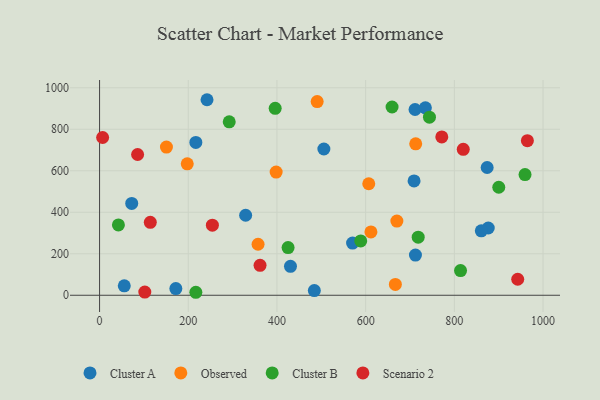
{"axis": {"x": "Engine Size", "y": "Rating"}, "legend": ["Cluster A", "Cluster B", "Observed", "Scenario 2"], "data": [{"x": "55.7", "y": 45.4, "type": "Cluster A"}, {"x": "484.3", "y": 22.6, "type": "Cluster A"}, {"x": "874.0", "y": 615.8, "type": "Cluster A"}, {"x": "876.5", "y": 324.2, "type": "Cluster A"}, {"x": "329.4", "y": 385.6, "type": "Cluster A"}, {"x": "505.8", "y": 704.9, "type": "Cluster A"}, {"x": "711.4", "y": 895.3, "type": "Cluster A"}, {"x": "72.5", "y": 442.7, "type": "Cluster A"}, {"x": "570.5", "y": 251.4, "type": "Cluster A"}, {"x": "217.1", "y": 736.7, "type": "Cluster A"}, {"x": "734.7", "y": 903.3, "type": "Cluster A"}, {"x": "712.3", "y": 193.5, "type": "Cluster A"}, {"x": "860.8", "y": 310.6, "type": "Cluster A"}, {"x": "709.2", "y": 551.2, "type": "Cluster A"}, {"x": "172.0", "y": 32.1, "type": "Cluster A"}, {"x": "242.3", "y": 942.3, "type": "Cluster A"}, {"x": "430.5", "y": 139.4, "type": "Cluster A"}, {"x": "611.9", "y": 305.3, "type": "Observed"}, {"x": "150.8", "y": 714.2, "type": "Observed"}, {"x": "607.0", "y": 537.4, "type": "Observed"}, {"x": "398.2", "y": 593.8, "type": "Observed"}, {"x": "490.7", "y": 933.3, "type": "Observed"}, {"x": "667.0", "y": 52.2, "type": "Observed"}, {"x": "712.9", "y": 729.7, "type": "Observed"}, {"x": "197.7", "y": 633.2, "type": "Observed"}, {"x": "357.4", "y": 245.8, "type": "Observed"}, {"x": "670.4", "y": 357.6, "type": "Observed"}, {"x": "292.4", "y": 835.8, "type": "Cluster B"}, {"x": "217.1", "y": 14.4, "type": "Cluster B"}, {"x": "900.2", "y": 520.6, "type": "Cluster B"}, {"x": "743.9", "y": 858.1, "type": "Cluster B"}, {"x": "425.1", "y": 229.8, "type": "Cluster B"}, {"x": "718.5", "y": 279.7, "type": "Cluster B"}, {"x": "659.6", "y": 907.3, "type": "Cluster B"}, {"x": "42.5", "y": 339.1, "type": "Cluster B"}, {"x": "959.4", "y": 581.4, "type": "Cluster B"}, {"x": "814.0", "y": 119.0, "type": "Cluster B"}, {"x": "588.9", "y": 262.0, "type": "Cluster B"}, {"x": "396.0", "y": 901.0, "type": "Cluster B"}, {"x": "102.0", "y": 15.3, "type": "Scenario 2"}, {"x": "771.7", "y": 762.8, "type": "Scenario 2"}, {"x": "942.9", "y": 77.1, "type": "Scenario 2"}, {"x": "361.9", "y": 144.2, "type": "Scenario 2"}, {"x": "820.1", "y": 703.3, "type": "Scenario 2"}, {"x": "114.4", "y": 351.7, "type": "Scenario 2"}, {"x": "254.4", "y": 337.7, "type": "Scenario 2"}, {"x": "85.8", "y": 678.3, "type": "Scenario 2"}, {"x": "6.9", "y": 760.2, "type": "Scenario 2"}, {"x": "964.7", "y": 745.2, "type": "Scenario 2"}]}